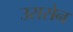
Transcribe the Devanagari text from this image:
उससेन